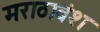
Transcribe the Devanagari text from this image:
मराठावंश